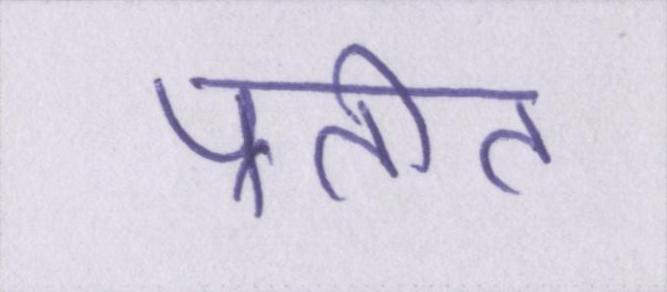
प्रतीत